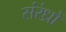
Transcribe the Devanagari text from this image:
संरंध्रों